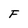
Character: F